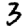
Digit: 3